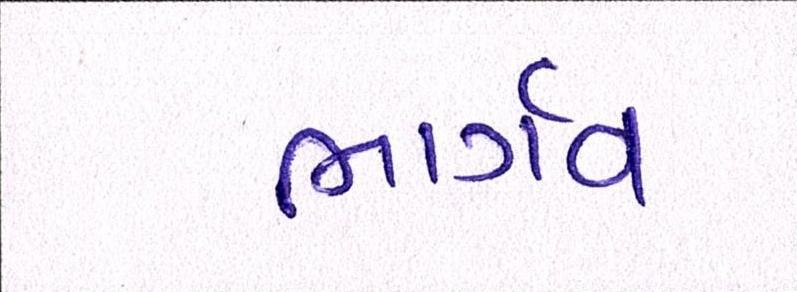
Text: ભાર્ગવ